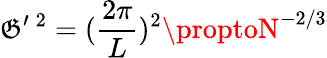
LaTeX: \mathfrak{G}^{\prime}\, ^{2}=(\frac{{2\pi}}{{L}})^{2}\proptoN^{-2/3}